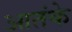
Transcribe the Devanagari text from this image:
आतंके